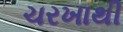
ચરખાથી